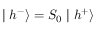
\mid h ^ { - } \rangle = S _ { 0 } \mid h ^ { + } \rangle